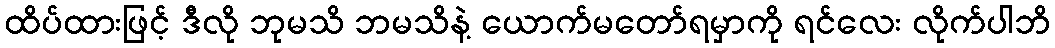
ထိပ်ထားဖြင့် ဒီလို ဘုမသိ ဘမသိနဲ့ ယောက်မတော်ရမှာကို ရင်လေး လိုက်ပါဘိ